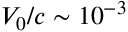
V _ { 0 } / c \sim 1 0 ^ { - 3 }